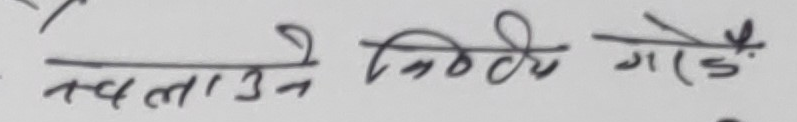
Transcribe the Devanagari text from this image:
चलाउने निर्धारण गरिएको.